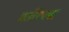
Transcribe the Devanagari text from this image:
प्रतींएवढा